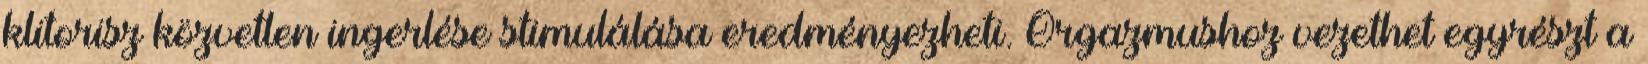
klitorisz közvetlen ingerlése stimulálása eredményezheti. Orgazmushoz vezethet egyrészt a